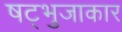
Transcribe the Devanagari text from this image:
षट्भुजाकार